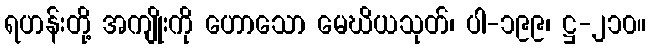
ရဟန်းတို့ အကျိုးကို ဟောသော မေဃိယသုတ်၊ ပါ-၁၉၉၊ ဋ္ဌ-၂၁၀။